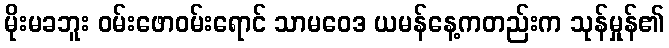
မိုးမခဘူး ဝမ်းဖောဝမ်းရောင် သာမဝေဒ ယမန်နေ့ကတည်းက သုန်မှုန်၏